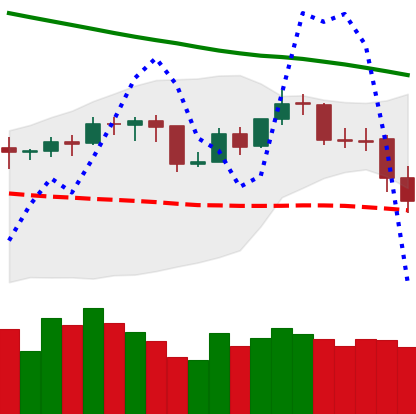
Ticker: BNB-USD
Chart end date: 2019-11-19
Forward return: -18.31%
Label: down_7plus